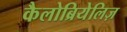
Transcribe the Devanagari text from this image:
कैलोब्रियेलिज़